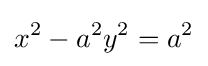
x^{2}-a^{2}y^{2}=a^{2}